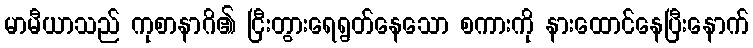
မာမီယာသည် ကုစာနာဂိ၏ ငြီးတွားရေရွတ်နေသော စကားကို နားထောင်နေပြီးနောက်